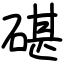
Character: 碪